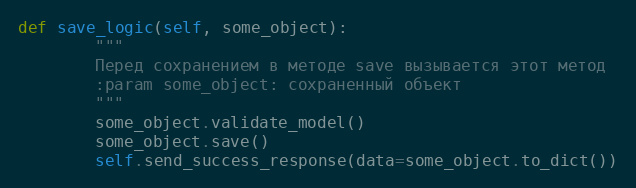
Language: Python
def save_logic(self, some_object):
        """
        Перед сохранением в методе save вызывается этот метод
        :param some_object: сохраненный объект
        """
        some_object.validate_model()
        some_object.save()
        self.send_success_response(data=some_object.to_dict())